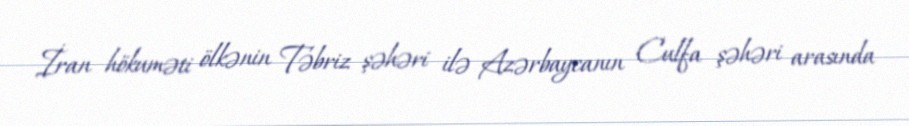
İran hökuməti ölkənin Təbriz şəhəri ilə Azərbaycanın Culfa şəhəri arasında